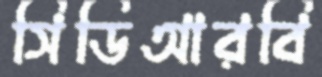
সিডিআরবি